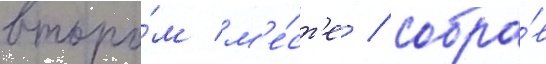
второ́м м'е́ст'е / собра́в